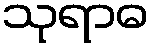
သုရာဓ